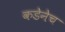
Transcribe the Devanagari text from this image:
कडेनेच